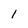
Character: 1